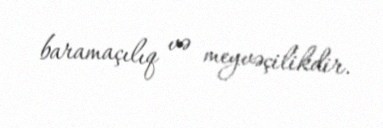
baramaçılıq və meyvəçilikdir.